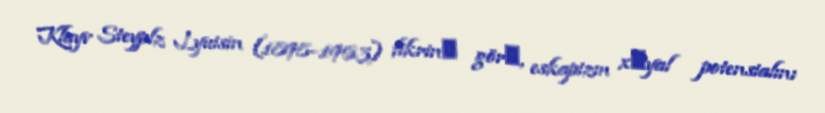
Klayv Steyplz Lyuisin (1898–1963) fikrinә görә, eskapizm xәyal potensialını